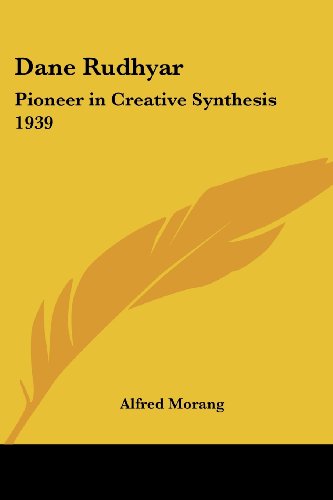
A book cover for Dane Rudhyar: Pioneer in Creative Synthesis 1939; Alfred Morang; Biographies & Memoirs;